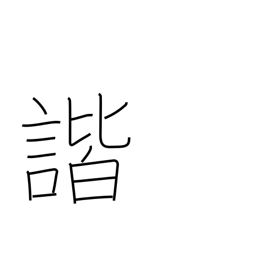
Meaning: harmony